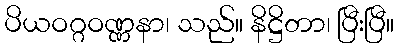
ပိယဝဂ္ဂဝဏ္ဏနာ၊ သည်။ နိဋ္ဌိတာ၊ ပြီးပြီ။